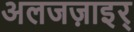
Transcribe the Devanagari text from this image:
अलजज़ाइर्